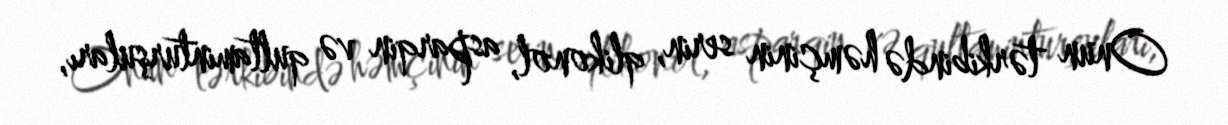
Onun tərkibində həmçinin serin, qlikonol, asparqin və qultaminturşuları,